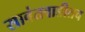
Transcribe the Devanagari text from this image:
सावंतवाडीतच